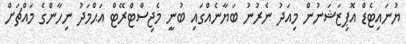
ޔުނައިޓެޑް އޮޕިޒަޝަނުން މިއަދު ނެރުނު ބަޔާނެއްގައި ބުނީ މެޖިސްޓްރޭޓް އަޙްމަދު ނިހާންގެ މައްޗަށް